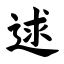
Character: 逑